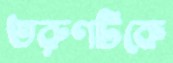
তরুণটিকে